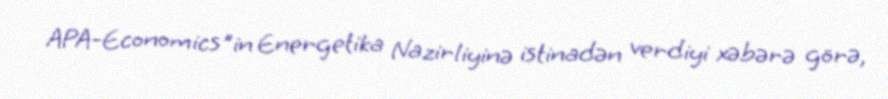
APA-Economics"in Energetika Nazirliyinə istinadən verdiyi xəbərə görə,